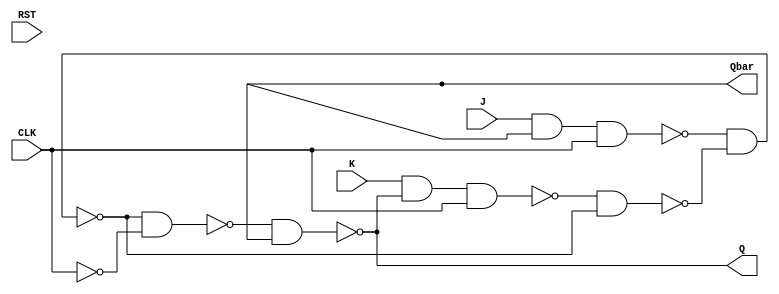
module JK(Q,Qbar,J,K,CLK,RST);
input J,K,CLK,RST;
output reg Q;
output reg Qbar;
wire A,B,C,D,E,F,G,H,I;

and  G1(A,J,Qbar);
and  G2(B,K,Q);
nand  G3(C,A,CLK);
nand  G4(D,B,CLK);
nand  G5(E,C,F);
nand  G6(F,D,E);
not  G7(I,CLK);
nand  G8(G,E,I);
nand  G9(H,F,I);
nand  G10(Q,G,Qbar);


endmodule